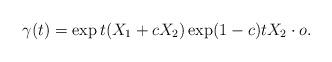
LaTeX: \begin{align*}\gamma(t)=\exp t(X_1+cX_2)\exp (1-c)tX_2\cdot o.\end{align*}